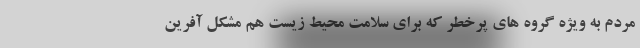
مردم به ویژه گروه‌ های پرخطر که برای سلامت محیط زیست هم مشکل آفرین